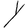
Character: Y